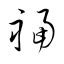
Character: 福